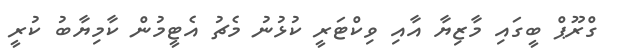
ގްރޫޕް ބީގައި މާޒިޔާ އާއި ވިކްޓަރީ ކުޅުނު މެޗު އެޓީމުން ކާމިޔާބު ކުރީ